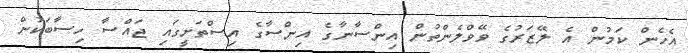
އެހެން ކަމުން އެ ލޭޒަރުގެ ވޭވްލެންތުން އިންސާނާގެ އިންސާގެ އިސްތަށީގައި ޖައްސާ ހިސާބަކުން